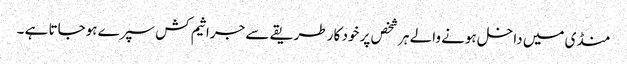
منڈی میں داخل ہونے والے ہر شخص پر خود کار طریقے سے جراثیم کش سپرے ہوجاتا ہے ۔